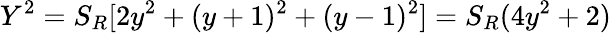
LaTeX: Y^{2}=S_{R}[2y^{2}+(y+1)^{2}+(y-1)^{2}]=S_{R}(4y^{2}+2)